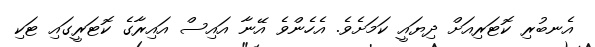
އެނބުރި ކޮޓަރިއަށް ދިޔައީ ކަމަށެވެ. އެހެންވެ އޭނާ އައިސް އައިރާގެ ކޮޓަރީގައި ޓަކި